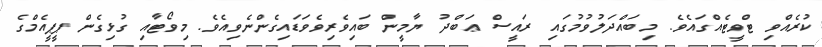
ކުރެއްވި ޓްވީޓެއްގައެވެ. މިބައްދަލުވުމުގައި ރައީސް ޢަބްދު ޔާމީން ބައިވެރިވެވަޑައިގެންނެވިއެވެ. މިވޯޓާއި ގުޅިގެން ޕީޕީއެމްގެ